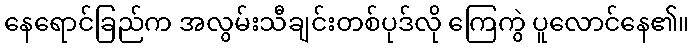
နေရောင်ခြည်က အလွမ်းသီချင်းတစ်ပုဒ်လို ကြေကွဲ ပူလောင်နေ၏။